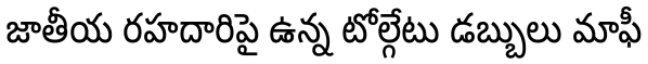
జాతీయ రహదారిపై ఉన్న టోల్గేటు డబ్బులు మాఫీ